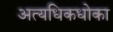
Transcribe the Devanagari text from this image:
अत्यधिकधोका